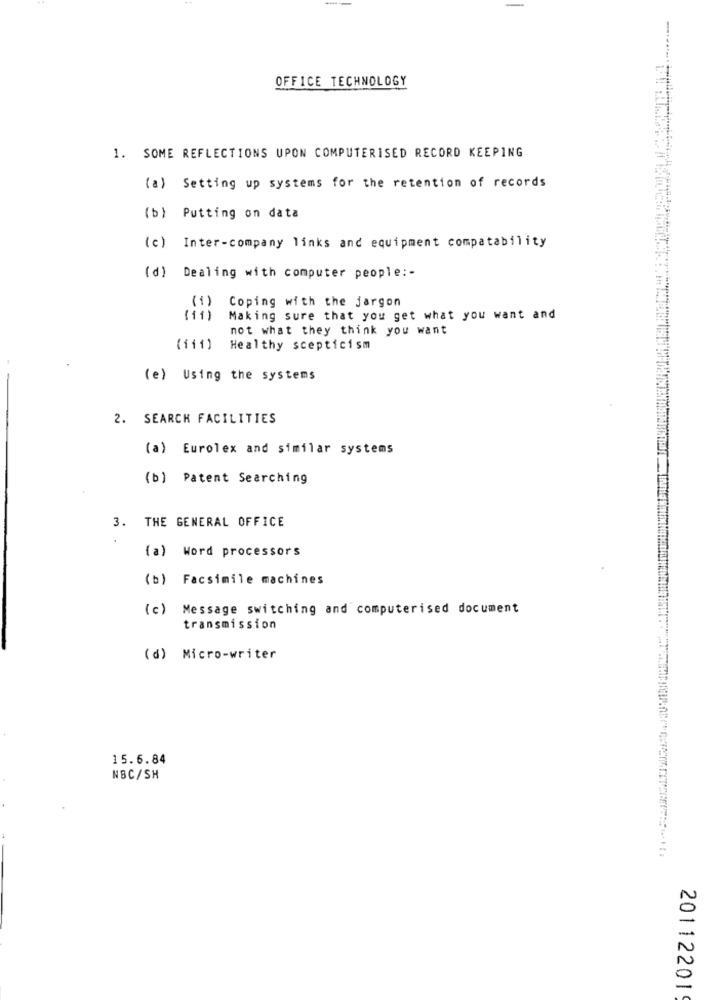
OFFICE TECHNOLOGY
1. SOME REFLECTIONS UPON COMPUTERISED RECORD KEEPING
(a) Setting up systems for the retention of records
(b) Putting on data
Inter-company links and equipment compatability
(c)
( d)
Dealing with computer people :-
Coping with the jargon
(1)
Making sure that you get what you want and
not what they think you want
(111)
Healthy scepticism
(e) Using the systems
2. SEARCH FACILITIES
(a) Eurolex and similar systems
(b) Patent Searching
3. THE GENERAL OFFICE
(a)
Word processors
(b) Facsimile machines
(c)
Message switching and computerised document
transmission
(d) Micro-writer
15.6.84
NBC/SH
20112201